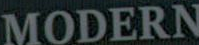
MODERN